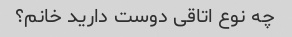
چه نوع اتاقی دوست دارید خانم؟